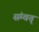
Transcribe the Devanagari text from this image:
संम्वत्